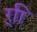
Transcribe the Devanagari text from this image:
र्‍ाि